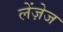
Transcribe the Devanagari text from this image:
लेंज़ेज